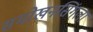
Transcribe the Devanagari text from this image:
समोखनसिंगला